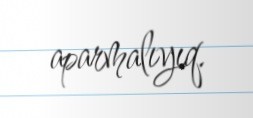
aparmalıyıq.